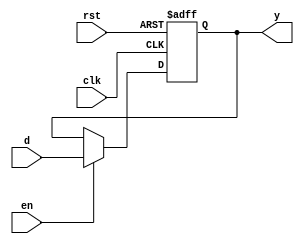


module reg_8b(d, en, clk, rst, y);

  input [7:0]d;

  input en, clk, rst;

  output reg [7:0]y = 0;

  always @(posedge clk, posedge rst)begin

    if (rst) y <= 0;

    else if(en) y <= d;

  end

endmodule